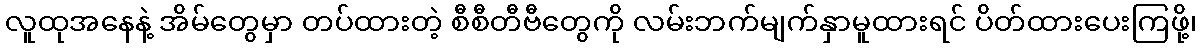
လူထုအနေနဲ့ အိမ်တွေမှာ တပ်ထားတဲ့ စီစီတီဗီတွေကို လမ်းဘက်မျက်နှာမူထားရင် ပိတ်ထားပေးကြဖို့၊